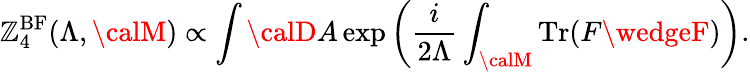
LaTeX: \mathbb{Z}_{4}^{\mathrm{{BF}}}(\Lambda,{\calM})\propto\int{\calD}A\exp\left({\frac{{i}}{{2\Lambda}}}\int_{\calM}\mathrm{{Tr}}(F\wedgeF)\right).